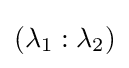
(\lambda _{1}:\lambda _{2})